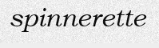
spinnerette